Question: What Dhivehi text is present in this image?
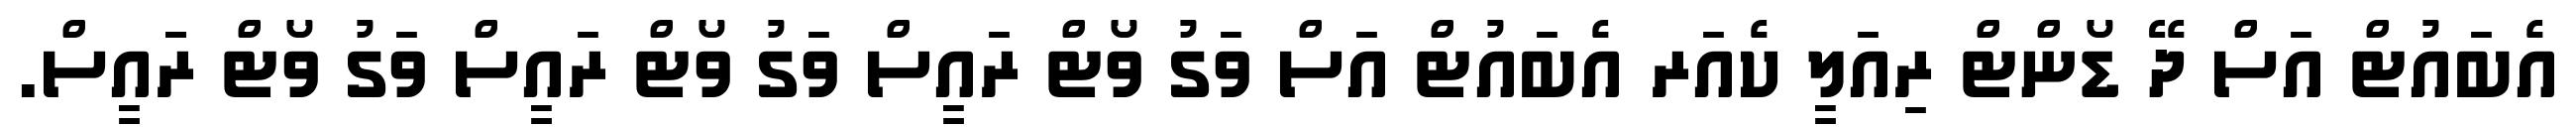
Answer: އެބައުޓް އަސް ދޭ ޑޯންޓް ރިއަލީ ކެއަރ އެބައުޓް އަސް ވަގު ވޯޓް ރައީސް ވަގު ވޯޓް ރައީސް ވަގު ވޯޓް ރަައީސް.